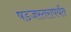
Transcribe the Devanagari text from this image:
षडजस्तरापर्यंत